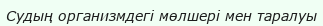
Судың организмдегi мөлшерi мен таралуы